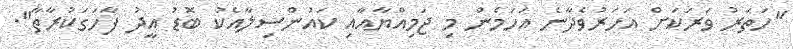
"ހަތަރު ވަރަކަށް އަހަރުވެދާނެ އަހަމެން މި ޖަމިއްޔާއާއި ކައުންސިލާއެކު ބޮޑު އީދު ފާހަގަކުރާތާ".